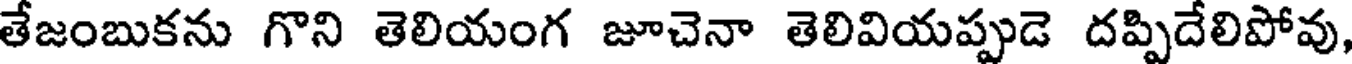
తేజంబుకను గొని తెలియంగ జూచెనా తెలివియప్పుడె దప్పిదేలిపోవు,